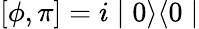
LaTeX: [\phi,\pi]=i\mid 0\rangle\langle 0\mid